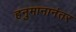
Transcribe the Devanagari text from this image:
हनुमानानंतर